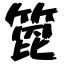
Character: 箆